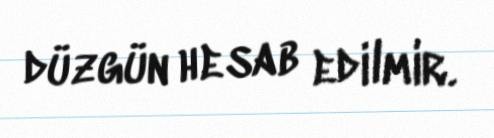
düzgün hesab edilmir.